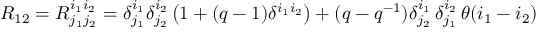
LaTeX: R _ { 1 2 } = R _ { j _ { 1 } j _ { 2 } } ^ { i _ { 1 } i _ { 2 } } = \delta _ { j _ { 1 } } ^ { i _ { 1 } } \delta _ { j _ { 2 } } ^ { i _ { 2 } } \left( 1 + ( q - 1 ) \delta ^ { i _ { 1 } i _ { 2 } } \right) + ( q - q ^ { - 1 } ) \delta _ { j _ { 2 } } ^ { i _ { 1 } } \, \delta _ { j _ { 1 } } ^ { i _ { 2 } } \, \theta ( i _ { 1 } - i _ { 2 } )